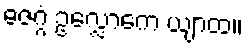
ဓဇဂ္ဂံ ဥလ္လောကေ ယျာထ။